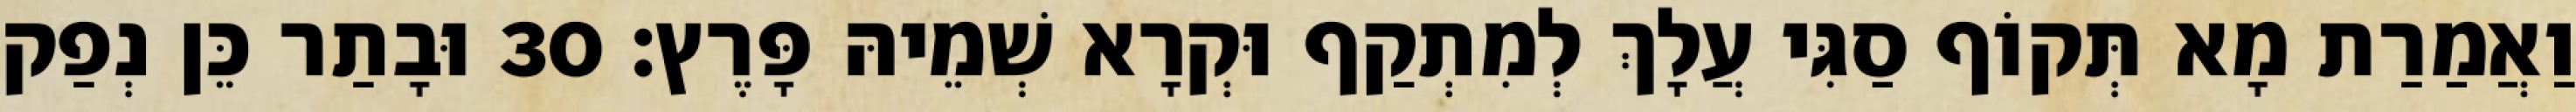
וַאֲמַרַת מָא תְּקוֹף סַגִּי עֲלָךְ לְמִתְקַף וּקְרָא שְׁמֵיהּ פָּרֶץ׃ 30 וּבָתַר כֵּן נְפַק